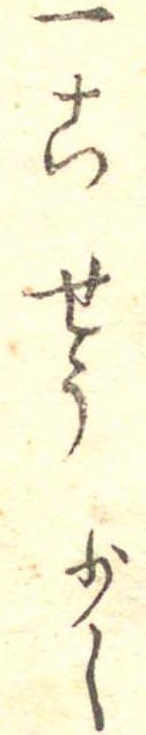
一こせう少々